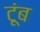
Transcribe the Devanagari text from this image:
टूंब